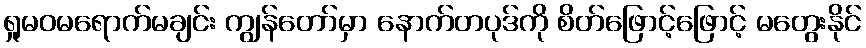
ရှုမဝမရောက်မချင်း ကျွန်တော်မှာ နောက်တပုဒ်ကို စိတ်ဖြောင့်ဖြောင့် မတွေးနိုင်